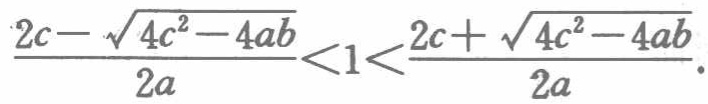
\frac{2c - \sqrt{4c^{2} - 4ab}}{2a} < 1 < \frac{2c + \sqrt{4c^{2} - 4ab}}{2a}